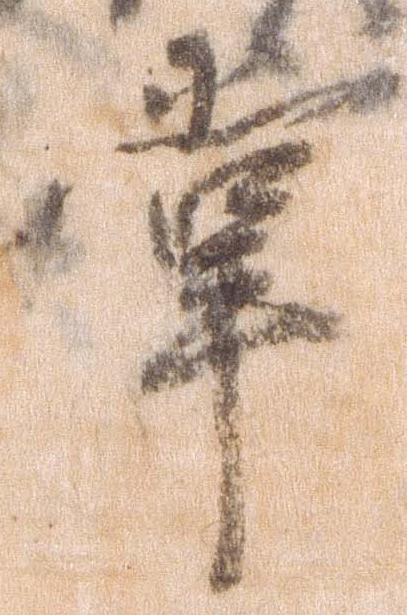
掌